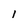
Character: l